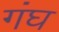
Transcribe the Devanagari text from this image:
गंघ